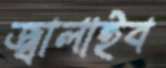
জ্বালাইব